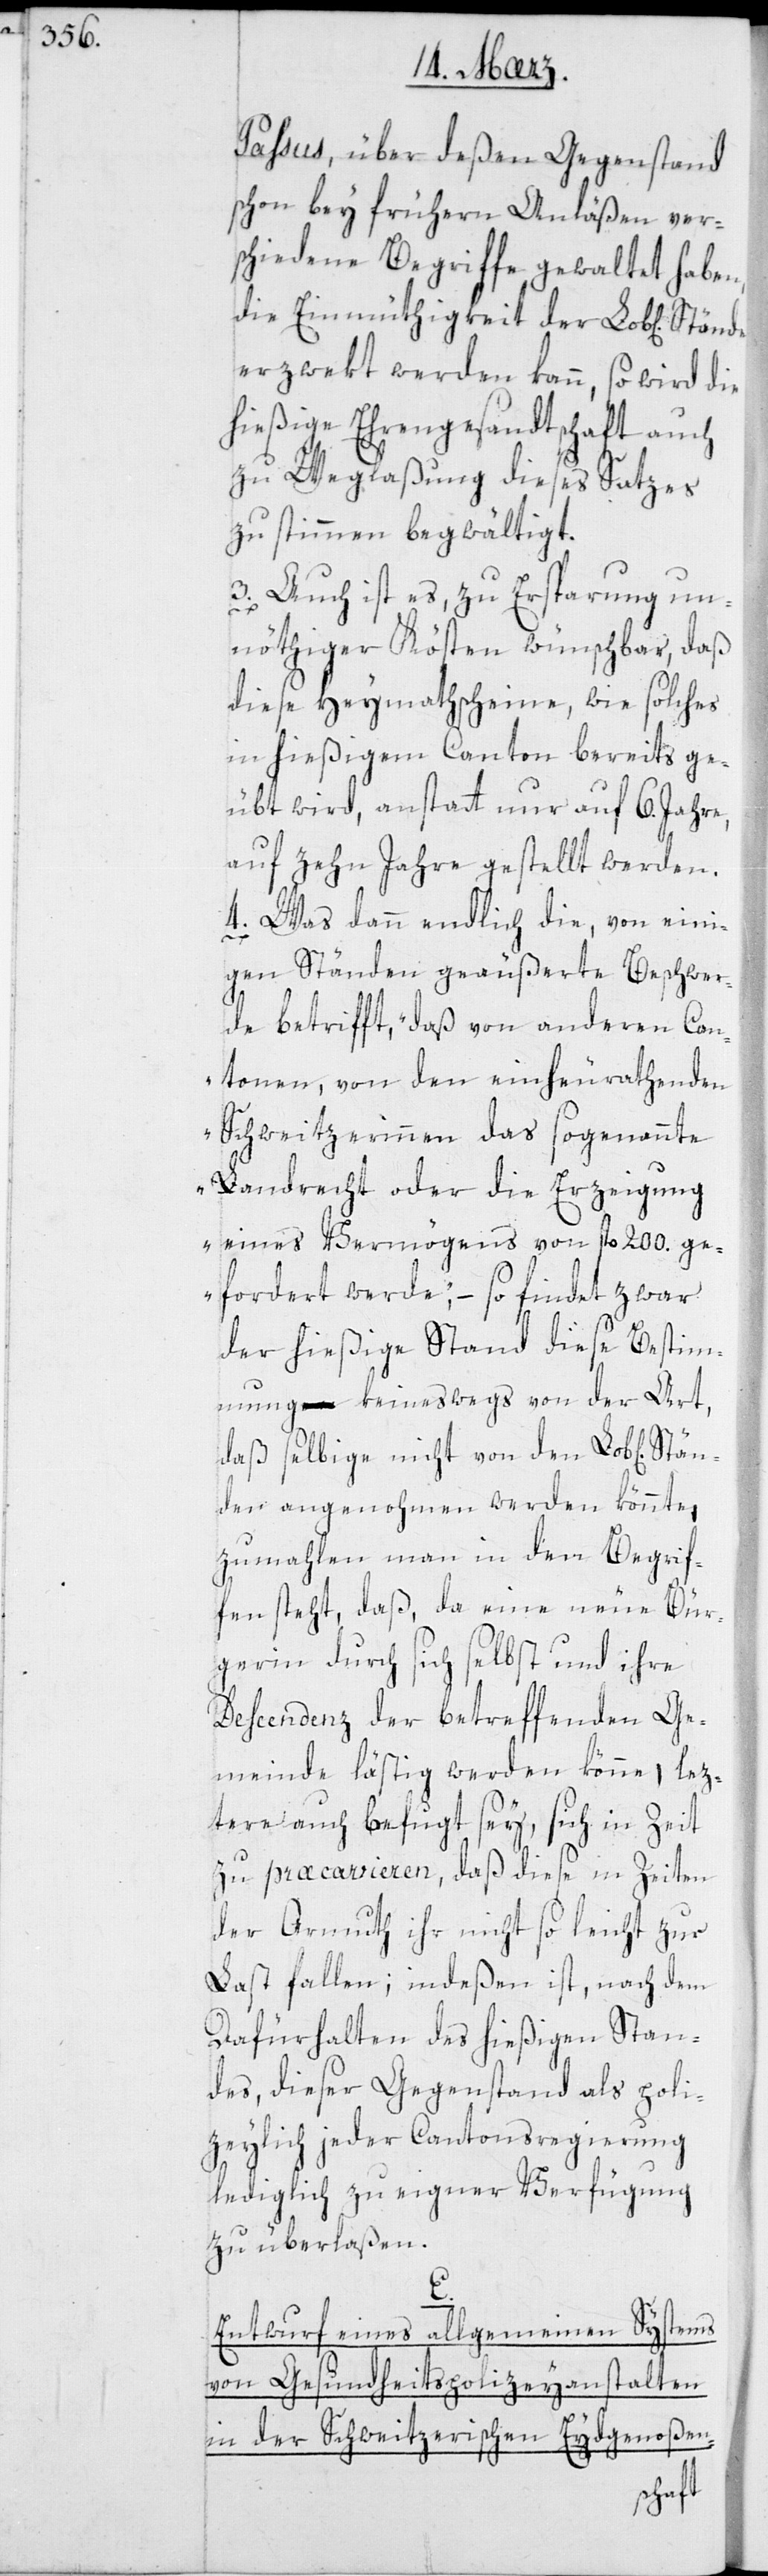
Paßus, über deßen Gegenstand
schon bey früheren Anläßen ver¬
schiedene Begriffe gewaltet haben,
die Einmüthigkeit der Lob[lichen]
erzwekt werden kann, so wird die
hießige Ehrengesandtschaft auch
zu Weglaßung dieses Satzes
zu stimmen begwältigt.
3. Auch ist es, zu Ersparung un¬
nöthiger Kösten wünschbar, daß
diese Heymathscheine, wie solches
in hießigem Canton bereits ge¬
übt wird, anstatt nur auf 6. Jahre,
auf zehn Jahre gestellt werden.
4. Was dann endlich die von eini¬
gen Ständen geäußerte Beschwer¬
de betrifft, „daß von anderen Can¬
tonen, von den einheuratenden
Schweitzerinnen das sogenannte
Landrecht oder die Erzeigung
eines Vermögens von fl 200. ge¬
fordert werde“, – so findet zwar
der hießige Stand diese Bestim¬
mung keineswegs von der Art,
daß selbige nicht von den Lob[lichen]
nden angenohmen werden könnte,
zumahlen man in den Begrif¬
fen steht, daß da eine neue Bür¬
gerin durch sich selbst und ihre
Descendenz der betreffenden Ge¬
meinde lästig werden könne, lez¬
tere auch befugt sey, sich in Zeit
zu præcavieren, daß diese in Zeiten
der Armuth ihr nicht so leicht zur
Last fallen; indeßen ist, nach dem
Dafürhalten des hießigen Stan¬
des, dieser Gegenstand als poli¬
zeylich jeder Cantonsregierung
lediglich zu eigner Verfügung
zu überlaßen.
E.
Entwurf eines allgemeinen Systems
von Gesundheitspolizeyanstalten
in der Schweitzerischen Eidgenoßen-